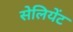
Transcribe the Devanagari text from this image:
सेलियेंट